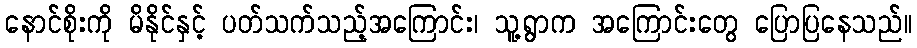
နောင်စိုးကို မိနိုင်နှင့် ပတ်သက်သည့်အကြောင်း၊ သူ့ရွာက အကြောင်းတွေ ပြောပြနေသည်။